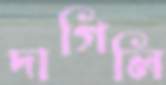
দাগিলি